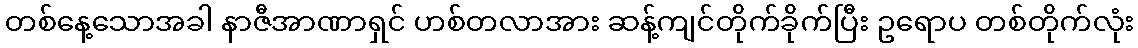
တစ်နေ့သောအခါ နာဇီအာဏာရှင် ဟစ်တလာအား ဆန့်ကျင်တိုက်ခိုက်ပြီး ဥရောပ တစ်တိုက်လုံး